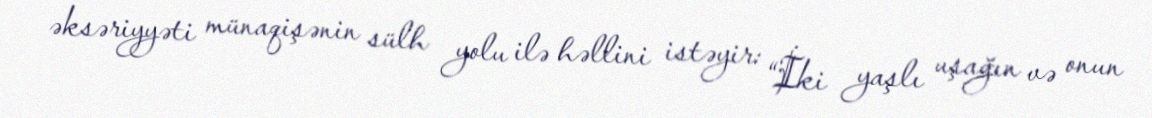
əksəriyyəti münaqişənin sülh yolu ilə həllini istəyir: “İki yaşlı uşağın və onun